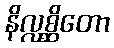
နိလ္လစ္ဆိတော